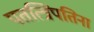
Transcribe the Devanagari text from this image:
पतत्त्रिपतिना